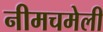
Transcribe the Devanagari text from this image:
नीमचमेली